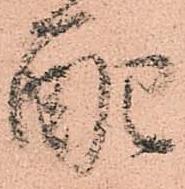
配